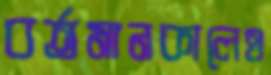
বর্তমানকালেও